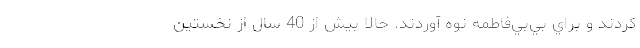
كردند و براي بي‌بي‌فاطمه نوه آوردند. حالا بيش از 40 سال از نخستين